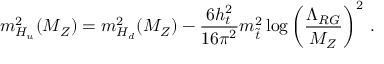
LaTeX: m _ { H _ { u } } ^ { 2 } ( M _ { Z } ) = m _ { H _ { d } } ^ { 2 } ( M _ { Z } ) - \frac { 6 h _ { t } ^ { 2 } } { 1 6 \pi ^ { 2 } } m _ { \tilde { t } } ^ { 2 } \log \left( \frac { \Lambda _ { R G } } { M _ { Z } } \right) ^ { 2 } \, .